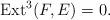
LaTeX: \begin{align*}\mathrm{Ext}^3(F,E)=0.\end{align*}